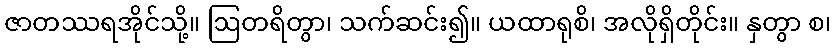
ဇာတဿရအိုင်သို့။ ဩတရိတွာ၊ သက်ဆင်း၍။ ယထာရုစိ၊ အလိုရှိတိုင်း။ နှတွာ စ၊